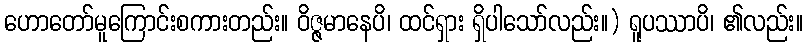
ဟောတော်မူကြောင်းစကားတည်း။ ဝိဇ္ဇမာနေပိ၊ ထင်ရှား ရှိပါသော်လည်း။) ရူပဿာပိ၊ ၏လည်း။